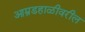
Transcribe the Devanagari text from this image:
आम्रडहाळीवरील